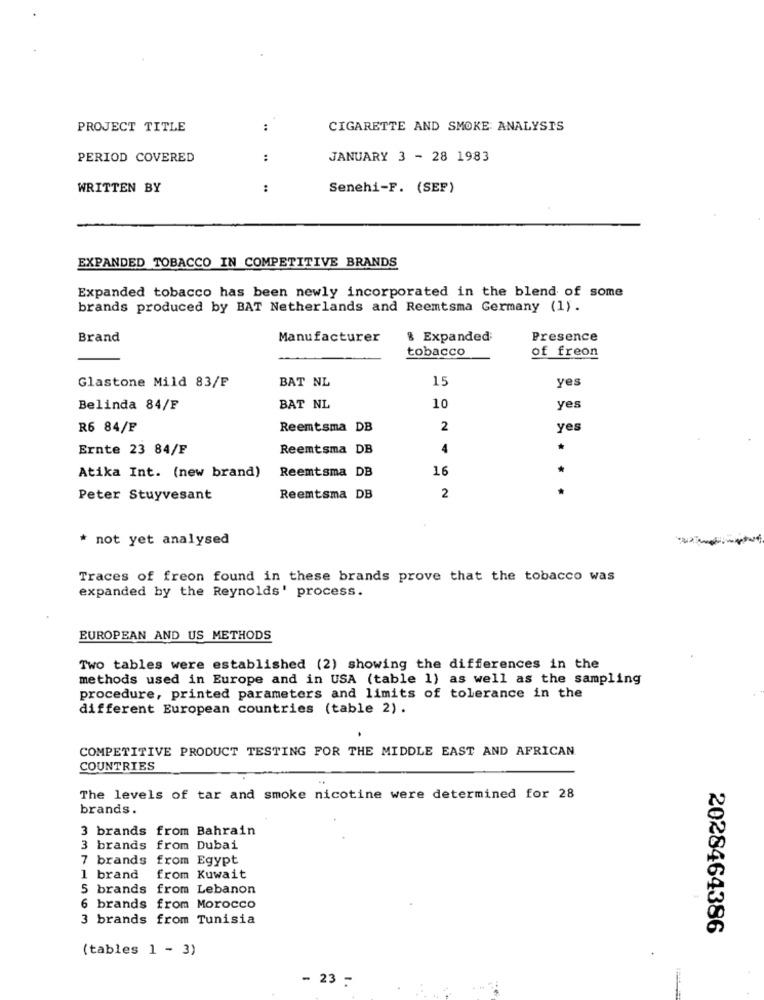
PROJECT TITLE
:
CIGARETTE AND SMOKE: ANALYSIS
PERIOD COVERED
:
JANUARY 3 - 28 1983
WRITTEN BY
:
Senehi-F. (SEF)
EXPANDED TOBACCO IN COMPETITIVE BRANDS
Expanded tobacco has been newly incorporated in the blend of some
brands produced by BAT Netherlands and Reemtsma Germany (1).
Brand
Manufacturer
& Expanded;
Presence
tobacco
of freon
BAT NL
15
yes
Glastone Mild 83/F
Belinda 84/F
BAT NL
10
R6 84/F
Reemtsma DB
2
yes
Ernte 23 84/F
Reemtsma DB
4
Reemtsma DB
16
Atika Int. (new brand)
Peter Stuyvesant
Reemtsma DB
2
not yet analysed
Traces of freon found in these brands prove that the tobacco was
expanded by the Reynolds' process.
EUROPEAN AND US METHODS
Two tables were established (2) showing the differences in the
methods used in Europe and in USA (table 1) as well as the sampling
procedure, printed parameters and limits of tolerance in the
different European countries (table 2).
COMPETITIVE PRODUCT TESTING FOR THE MIDDLE EAST AND AFRICAN
COUNTRIES
The levels of tar and smoke nicotine were determined for 28
brands.
3 brands from Bahrain
3 brands from Dubai
7 brands from Egypt
1 brand from Kuwait
5 brands from Lebanon
6 brands from Morocco
3 brands from Tunisia
2028464386
(tables 1 - 3)
- 23 -